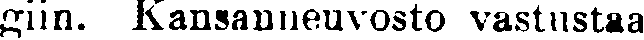
giin. Kansanneuvosto vastustaa